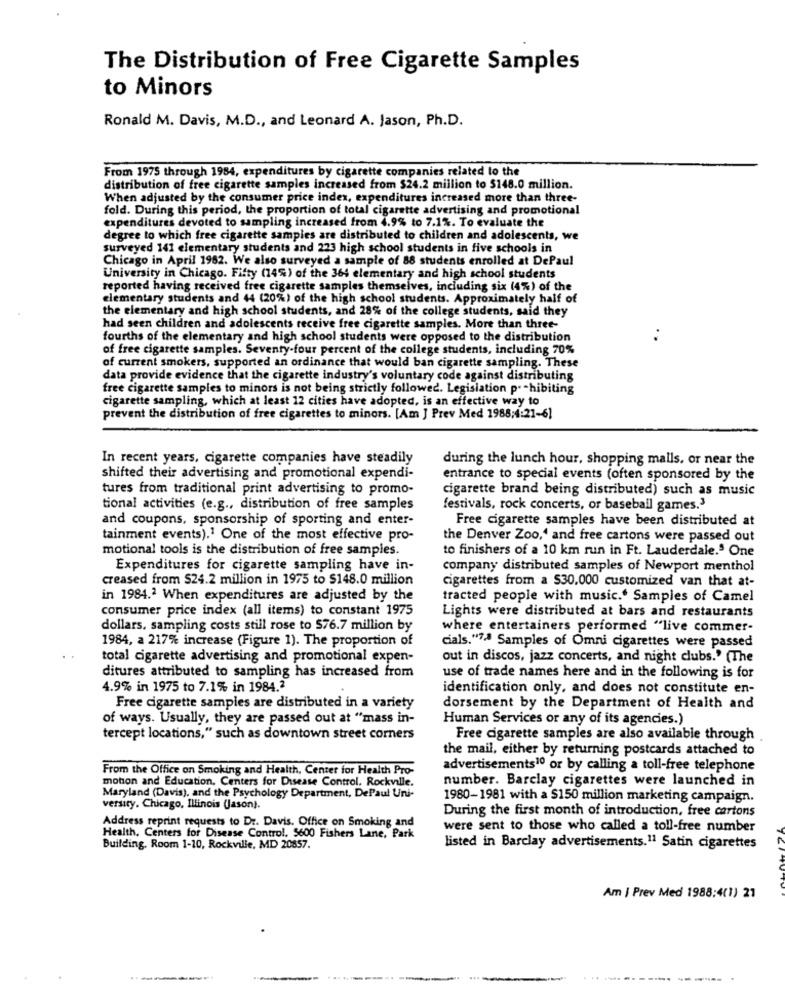
The Distribution of Free Cigarette Samples
to Minors
Ronald M. Davis, M.D ., and Leonard A. Jason, Ph.D.
From 1975 through 1984, expenditures by cigarette companies related to the
distribution of free cigarette samples increased from $24.2 million to 5148.0 million.
When adjusted by the consumer price index, expenditures increased more than three-
fold. During this period, the proportion of total cigarette advertising and promotional
expenditures devoted to sampling increased from 4.9% to 7.1%. To evaluate the
degree to which free cigarette samples are distributed to children and adolescents, we
surveyed 141 elementary students and 223 high school students in five schools in
Chicago in April 1982. We also surveyed a sample of 88 students enrolled at DePaul
University in Chicago. Fifty (14%) of the 364 elementary and high school students
reported having received free cigarette samples themselves, including six (4%) of the
elementary students and 44 (20%) of the high school students. Approximately half of
the elementary and high school students, and 28% of the college students, said they
had seen children and adolescents receive free cigarette samples. More than three-
fourths of the elementary and high school students were opposed to the distribution
of free cigarette samples. Seventy-four percent of the college students, including 70%
of current smokers, supported an ordinance that would ban cigarette sampling. These
data provide evidence that the cigarette industry's voluntary code against distributing
free cigarette samples to minors is not being strictly followed. Legislation p. - hibiting
cigarette sampling, which at least 12 cities have adopted, is an effective way to
prevent the distribution of free cigarettes to minors. [Am J Prev Med 1988;4:21-6)
In recent years, cigarette companies have steadily
during the lunch hour, shopping malls. or near the
shifted their advertising and promotional expendi-
entrance to special events (often sponsored by the
tures from traditional print advertising to promo-
cigarette brand being distributed) such as music
tional activities (e.g ., distribution of free samples
festivals, rock concerts, or baseball games.3
and coupons, sponsorship of sporting and enter-
Free cigarette samples have been distributed at
tainment events).1 One of the most effective pro-
the Denver Zoo,' and free cartons were passed out
motional tools is the distribution of free samples.
to finishers of a 10 km run in Ft. Lauderdale.5 One
Expenditures for cigarette sampling have in-
company distributed samples of Newport menthol
creased from $24.2 million in 1975 to $148.0 million
cigarettes from a 530,000 customized van that at-
in 1984.2 When expenditures are adjusted by the
tracted people with music. Samples of Camel
consumer price index (all items) to constant 1975
Lights were distributed at bars and restaurants
dollars, sampling costs still rose to 576.7 million by
where entertainers performed "live commer-
1984, a 217% increase (Figure 1). The proportion of
cials."7ª Samples of Omni cigarettes were passed
total cigarette advertising and promotional expen-
out in discos, jazz concerts, and night clubs." (The
ditures attributed to sampling has increased from
use of trade names here and in the following is for
4.9% in 1975 to 7.1% in 1984.2
identification only, and does not constitute en-
Free cigarette samples are distributed in a variety
dorsement by the Department of Health and
of ways. Usually, they are passed out at "mass in-
Human Services or any of its agencies.)
tercept locations," such as downtown street corners
Free cigarette samples are also available through
the mail, either by returning postcards attached to
From the Office on Smoking and Health, Center for Health Pro-
advertisements10 or by calling a toll-free telephone
motion and Education, Centers for Disease Control. Rockville.
number. Barclay cigarettes were launched in
Maryland (Davis), and the Psychology Department, DePaul Uni-
1980-1981 with a $150 million marketing campaign.
versity. Chicago, Illinois (Jason).
During the first month of introduction, free cartons
Address reprint requests to Dr. Davis. Office on Smoking and
were sent to those who called a toll-free number
Health. Centers for Disease Control. 5600 Fishers Lane, Park
Building, Room 1-10, Rockville, MD 20857.
listed in Barclay advertisements.11 Satin cigarettes
Am | Prev Med 1988:4(1) 21
......
-----